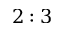
2 : 3